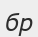
бр